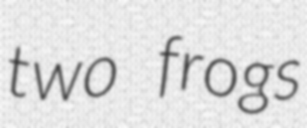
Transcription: two frogs